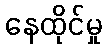
နေထိုင်မှု